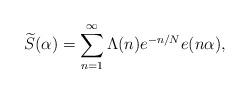
LaTeX: \begin{align*}\widetilde{S}(\alpha)=\sum_{n=1}^{\infty}\Lambda(n) e^{-n/N}e(n\alpha),\end{align*}